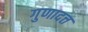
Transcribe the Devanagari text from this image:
गुणादत्त